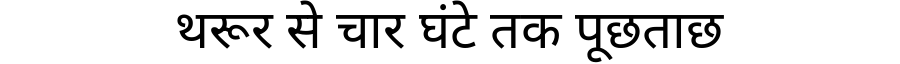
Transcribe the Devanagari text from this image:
थरूर से चार घंटे तक पूछताछ